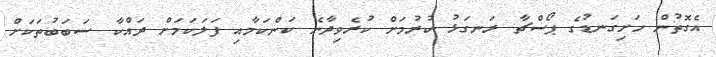
އެގޮތުން ހަށިގަނޑުގެ ޕޯސްޗާ ރަނގަޅު ކުރުމަށް ކުރެވިދާނެ ކަންކަމާއި ފަލަކަމަށް ދައްކާ ސަބަބުތަކަށް